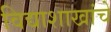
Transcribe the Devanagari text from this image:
विद्याशाखांचे